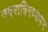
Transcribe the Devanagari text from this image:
नवरात्रिमण्डपम